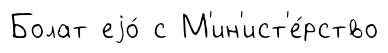
Болат еjо́ с М'ин'ист'е́рство